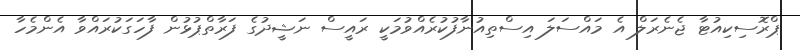
ޕްރޮސިކިއުޓާ ޖެނެރަލް އެ މައްސަލަ އިސްތިއުނާފުކުރެއްވުމަކީ ރައީސް ނަޝީދުގެ ފަރާތްޕުޅުން ފާހަގަކުރައްވާ އެންމެހާ